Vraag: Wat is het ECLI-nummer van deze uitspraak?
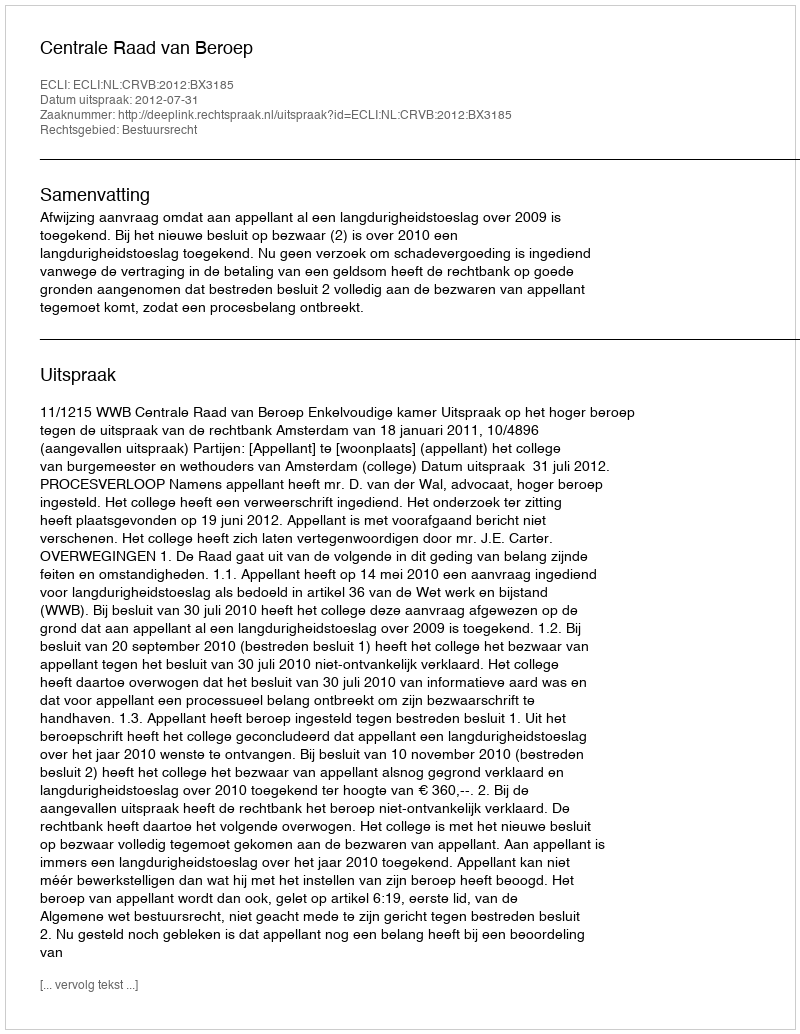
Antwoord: ECLI:NL:CRVB:2012:BX3185